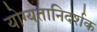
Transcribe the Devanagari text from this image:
योग्यतानिदर्शक